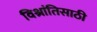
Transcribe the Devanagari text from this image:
विश्रांतिसाठी